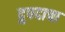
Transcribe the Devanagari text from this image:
द्रुपदाचा